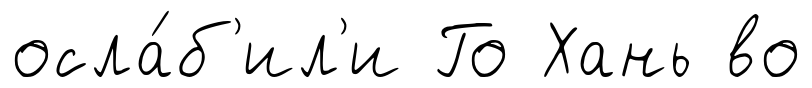
осла́б'ил'и Го Хань во